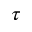
\boldsymbol { \tau }